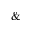
\&